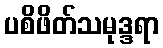
ပစိဖိတ်သမုဒ္ဒရာ